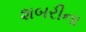
શબરીના